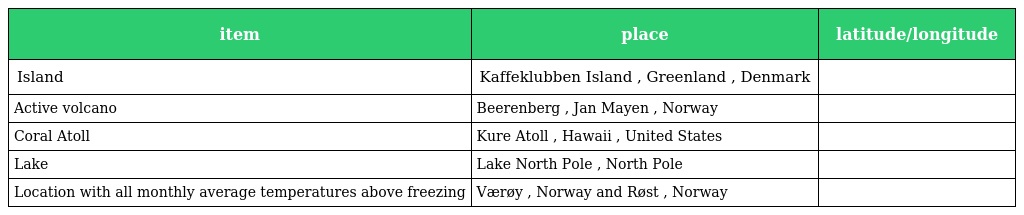
| item | place | latitude/longitude |
 | --- | --- | --- |
 | Island | Kaffeklubben Island , Greenland , Denmark |  |
 | Active volcano | Beerenberg , Jan Mayen , Norway |  |
 | Coral Atoll | Kure Atoll , Hawaii , United States |  |
 | Lake | Lake North Pole , North Pole |  |
 | Location with all monthly average temperatures above freezing | Værøy , Norway and Røst , Norway |  |